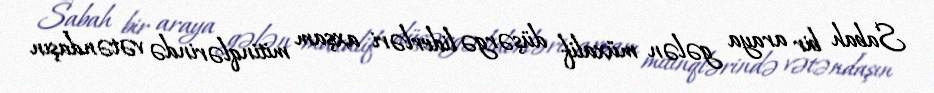
Sabah bir araya gələn müxalif düşərgə liderləri axşam mitinqlərində vətəndaşın